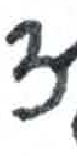
אות: צ